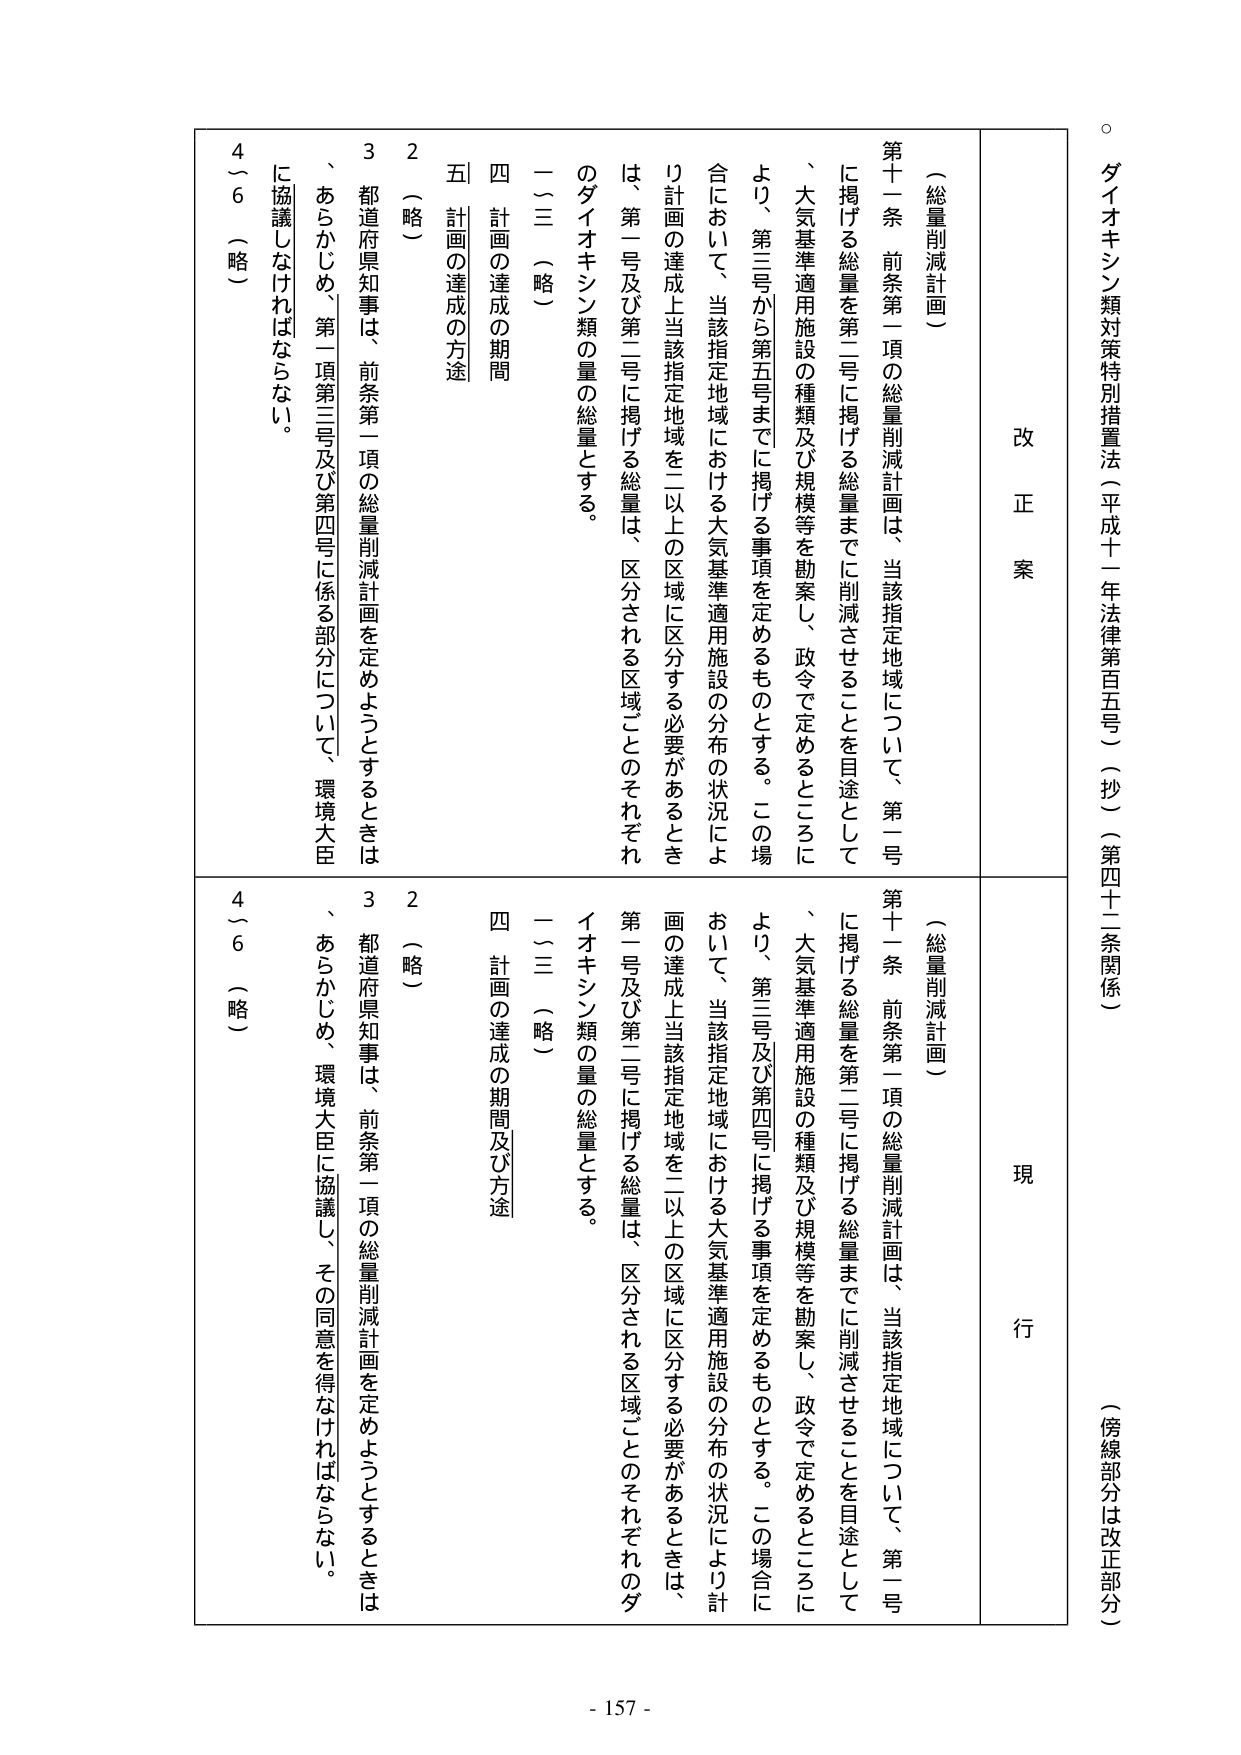
ダイオキシン類対策特別措置法（平成十一年法律第百五号）（抄）（第四十二条関係）
（傍線部分は改正部分）

改正案
（総量削減計画）
第十一條 前条第一項の総量削減計画は、当該指定地域について、第一号に掲げる総量を第二号に掲げる総量までに削減させることを目的として、大気基準適用施設の種類及び規模等を勘案し、政令で定めるところにより、第三号から第五号までに掲げる事項を定めるものとする。この場合において、当該指定地域における大気基準適用施設の分布の状況により計画の達成上当該指定地域を二以上の区域に区分する必要があるときは、第一号及び第二号に掲げる総量は、区分される区域ごとのそれぞれのダイオキシン類の量の総量とする。
一～三（略）
四 計画の達成の期間
五 計画の達成の方途
２（略）
３ 都道府県知事は、前条第一項の総量削減計画を定めようとするときは、あらかじめ、第一項第三号及び第四号に係る部分について、環境大臣に協議しなければならない。
４～６（略）

現行
（総量削減計画）
第十一條 前条第一項の総量削減計画は、当該指定地域について、第一号に掲げる総量を第二号に掲げる総量までに削減させることを目的として、大気基準適用施設の種類及び規模等を勘案し、政令で定めるところにより、第三号及び第四号に掲げる事項を定めるものとする。この場合において、当該指定地域における大気基準適用施設の分布の状況により計画の達成上当該指定地域を二以上の区域に区分する必要があるときは、第一号及び第二号に掲げる総量は、区分される区域ごとのそれぞれのダイオキシン類の量の総量とする。
一～三（略）
四 計画の達成の期間及び方途
２（略）
３ 都道府県知事は、前条第一項の総量削減計画を定めようとするときは、あらかじめ、環境大臣に協議し、その同意を得なければならない。
４～６（略）

- 157 -